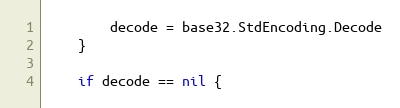
Language: Go
		decode = base32.StdEncoding.Decode
	}

	if decode == nil {